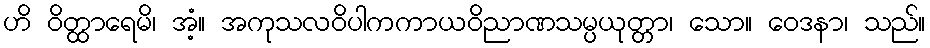
ဟိ ဝိတ္ထာရေမိ၊ အံ့။ အကုသလဝိပါကကာယဝိညာဏသမ္ပယုတ္တာ၊ သော။ ဝေဒနာ၊ သည်။